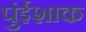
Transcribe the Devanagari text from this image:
पुंईशाक